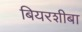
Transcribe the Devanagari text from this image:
बियरशीबा